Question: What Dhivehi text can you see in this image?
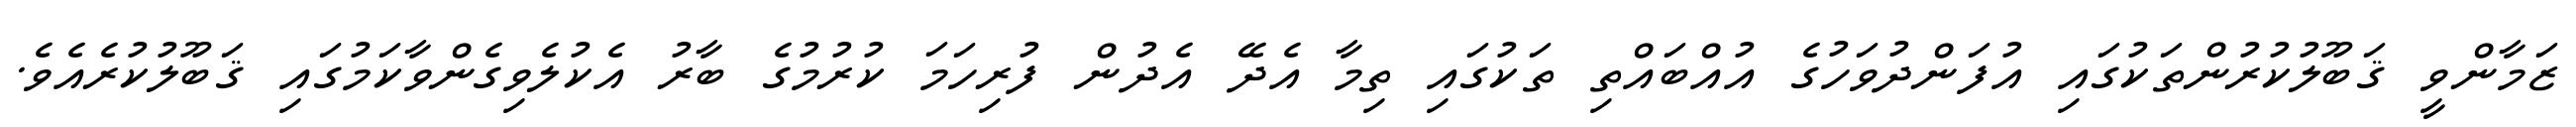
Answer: ޒަމާންވީ ޤަބޫލުކުރުންތަކުގައި އުފަންދުވަހުގެ އުއްބައްތި ތަކުގައި ތިމާ އެދޭ އެދުން ފުރިހަމަ ކުރުމުގެ ބާރު އެކުލެވިގެންވާކަމުގައި ޤަބޫލުކުރެއެވެ.